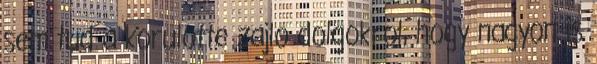
sem tud a korulotte zajlo dolgokrol, hogy nagyon is